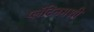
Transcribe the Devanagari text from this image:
प्लॅटिनमशी